Civil Veterinary Dept. Bombay admin report 1923-31 - 1923-1931
Year: 1923
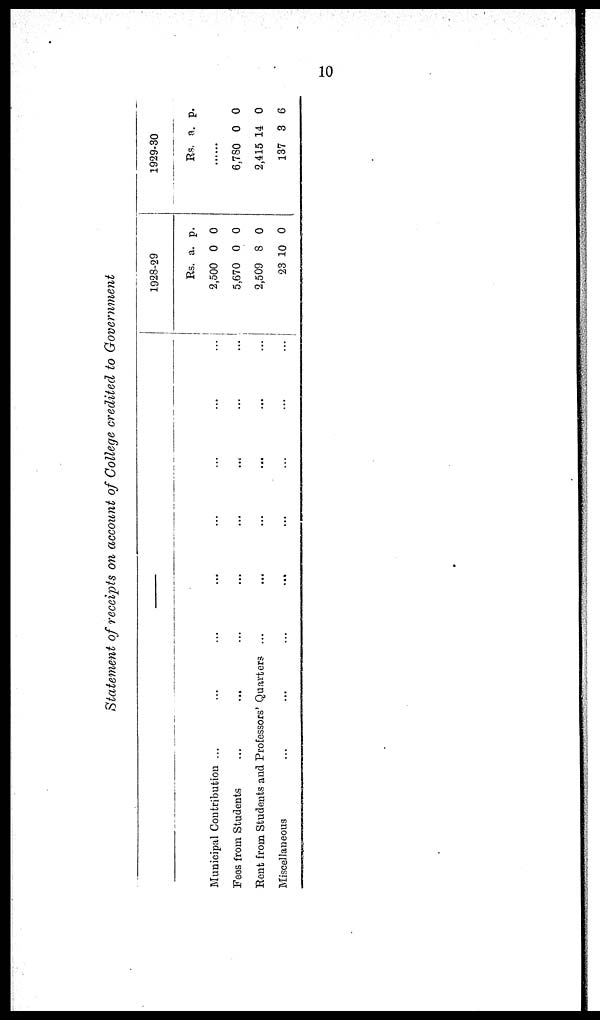
10
Statement of receipts on account of College credited to Government
Municipal Contribution ... ... ... ... ... ... ... ...
Fees from Students ... ... ... ... ... ... ... ...
Rent from Students and Professors' Quarters ... ... ... ... ... ...
Miscellaneous ... ... ... ... ... ... ... ...
1928-29
Rs.
2,500
5,670
2,509
23
a.
0
0
8
10
p.
0
0
0
0
1929-30
Rs. a. p.
......
6,780
2,415
137
0
14
3
0
0
6